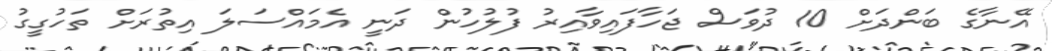
އޭނާގެ ބަންދަށް 10 ދުވަސް ޖަހާފައިވާއިރު ފުލުހުން ދަނީ އެމައްސަލަ އިތުރަށް ތަހުގީގު